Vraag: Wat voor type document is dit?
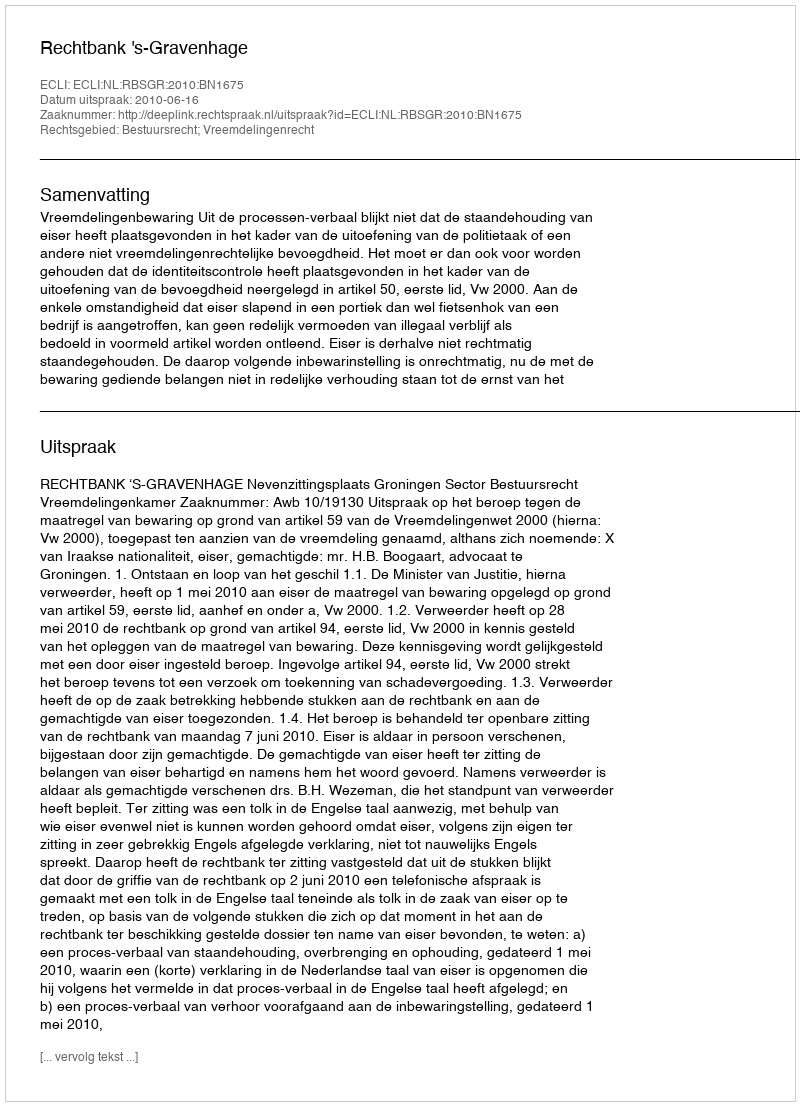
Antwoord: Uitspraak